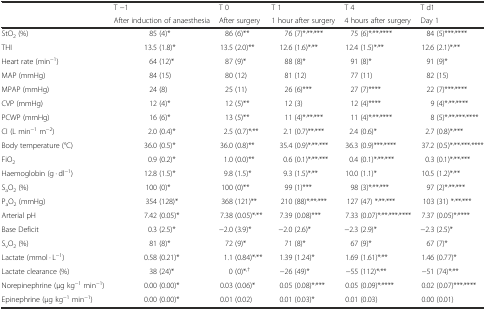
<table><thead><tr><td rowspan="2"></td><td><b>T −1</b></td><td><b>T 0</b></td><td><b>T 1</b></td><td><b>T 4</b></td><td><b>T d1</b></td></tr><tr><td><b>After induction of anaesthesia</b></td><td><b>After surgery</b></td><td><b>1 hour after surgery</b></td><td><b>4 hours after surgery</b></td><td><b>Day 1</b></td></tr></thead><tbody><tr><td>StO<sub>2</sub> (%)</td><td>85 (4)*</td><td>86 (6)**</td><td>76 (7)*<sup>,</sup>**<sup>,</sup>***</td><td>75 (6)*<sup>,</sup>**<sup>,</sup>****</td><td>84 (5)***<sup>,</sup>****</td></tr><tr><td>THI</td><td>13.5 (1.8)*</td><td>13.5 (2.0)**</td><td>12.6 (1.6)*<sup>,</sup>**</td><td>12.4 (1.5)*<sup>,</sup>**</td><td>12.6 (2.1)*<sup>,</sup>**</td></tr><tr><td>Heart rate (min<sup>−1</sup>)</td><td>64 (12)*</td><td>87 (9)*</td><td>88 (8)*</td><td>91 (8)*</td><td>91 (9)*</td></tr><tr><td>MAP (mmHg)</td><td>84 (15)</td><td>80 (12)</td><td>81 (12)</td><td>77 (11)</td><td>82 (15)</td></tr><tr><td>MPAP (mmHg)</td><td>24 (8)</td><td>25 (11)</td><td>26 (6)***</td><td>27 (7)****</td><td>22 (7)***<sup>,</sup>****</td></tr><tr><td>CVP (mmHg)</td><td>12 (4)*</td><td>12 (5)**</td><td>12 (3)</td><td>12 (4)****</td><td>9 (4)*<sup>,</sup>**<sup>,</sup>****</td></tr><tr><td>PCWP (mmHg)</td><td>16 (6)*</td><td>13 (5)**</td><td>11 (4)*<sup>,</sup>**<sup>,</sup>***</td><td>11 (4)*<sup>,</sup>**<sup>,</sup>****</td><td>8 (5)*<sup>,</sup>**<sup>,</sup>***<sup>,</sup>****</td></tr><tr><td>CI (L min<sup>−1</sup> m<sup>−2</sup>)</td><td>2.0 (0.4)*</td><td>2.5 (0.7)*<sup>,</sup>**</td><td>2.1 (0.7)**<sup>,</sup>***</td><td>2.4 (0.6)*</td><td>2.7 (0.8)*<sup>,</sup>***</td></tr><tr><td>Body temperature (°C)</td><td>36.0 (0.5)*</td><td>36.0 (0.8)**</td><td>35.4 (0.9)*<sup>,</sup>**<sup>,</sup>***</td><td>36.3 (0.9)***<sup>,</sup>****</td><td>37.2 (0.5)*<sup>,</sup>**<sup>,</sup>***<sup>,</sup>****</td></tr><tr><td>FiO<sub>2</sub></td><td>0.9 (0.2)*</td><td>1.0 (0.0)**</td><td>0.6 (0.1)*<sup>,</sup>**<sup>,</sup>***</td><td>0.4 (0.1)*<sup>,</sup>**<sup>,</sup>***</td><td>0.3 (0.1)*<sup>,</sup>**<sup>,</sup>***</td></tr><tr><td>Haemoglobin (g · dl<sup>−1</sup>)</td><td>12.8 (1.5)*</td><td>9.8 (1.5)*</td><td>9.3 (1.5)*<sup>,</sup>**</td><td>10.0 (1.1)*</td><td>10.5 (1.2)*<sup>,</sup>**</td></tr><tr><td>S<sub>a</sub>O<sub>2</sub> (%)</td><td>100 (0)*</td><td>100 (0)**</td><td>99 (1)***</td><td>98 (3)*<sup>,</sup>**<sup>,</sup>***</td><td>97 (2)*<sup>,</sup>**<sup>,</sup>***</td></tr><tr><td>P<sub>a</sub>O<sub>2</sub> (mmHg)</td><td>354 (128)*</td><td>368 (121)**</td><td>210 (88)*<sup>,</sup>**<sup>,</sup>***</td><td>127 (47) *<sup>,</sup>**<sup>,</sup>***</td><td>103 (31) *<sup>,</sup>**<sup>,</sup>***</td></tr><tr><td>Arterial pH</td><td>7.42 (0.05)*</td><td>7.38 (0.05)*<sup>,</sup>**</td><td>7.39 (0.08)***</td><td>7.33 (0.07)*<sup>,</sup>**<sup>,</sup>***<sup>,</sup>****</td><td>7.37 (0.05)*<sup>,</sup>****</td></tr><tr><td>Base Deficit</td><td>0.3 (2.5)*</td><td>−2.0 (3.9)*</td><td>−2.0 (2.6)*</td><td>−2.3 (2.9)*</td><td>−2.3 (2.5)*</td></tr><tr><td>S<sub>v</sub>O<sub>2</sub> (%)</td><td>81 (8)*</td><td>72 (9)*</td><td>71 (8)*</td><td>67 (9)*</td><td>67 (7)*</td></tr><tr><td>Lactate (mmol · L<sup>−1</sup>)</td><td>0.58 (0.21)*</td><td>1.1 (0.84)*<sup>,</sup>**</td><td>1.39 (1.24)*</td><td>1.69 (1.61)*<sup>,</sup>**</td><td>1.46 (0.77)*</td></tr><tr><td>Lactate clearance (%)</td><td>38 (24)*</td><td>0 (0)*<sup>,†</sup></td><td>−26 (49)*</td><td>−55 (112)*<sup>,</sup>**</td><td>−51 (74)*<sup>,</sup>**</td></tr><tr><td>Norepinephrine (μg kg<sup>−1</sup> min<sup>−1</sup>)</td><td>0.00 (0.00)*</td><td>0.03 (0.06)*</td><td>0.05 (0.08)*<sup>,</sup>***</td><td>0.05 (0.09)*<sup>,</sup>****</td><td>0.02 (0.07)***<sup>,</sup>****</td></tr><tr><td>Epinephrine (μg kg<sup>−1</sup> min<sup>−1</sup>)</td><td>0.00 (0.00)*</td><td>0.01 (0.02)</td><td>0.01 (0.03)*</td><td>0.01 (0.03)</td><td>0.00 (0.01)</td></tr></tbody></table>